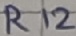
Text: R12